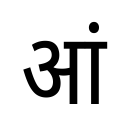
OCR:
आं